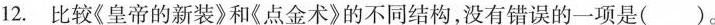
12.比较《皇帝的新装》和《点金术》的不同结构，没有错误的一项是()。